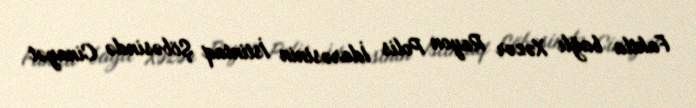
Faktla bağlı Xəzər Rayon Polis İdarəsinin İstintaq Şöbəsində Cinayət